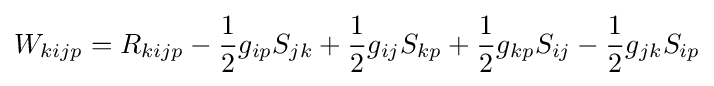
W_{kijp}=R_{kijp}-{\frac {1}{2}}g_{ip}S_{jk}+{\frac {1}{2}}g_{ij}S_{kp}+{\frac {1}{2}}g_{kp}S_{ij}-{\frac {1}{2}}g_{jk}S_{ip}